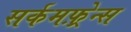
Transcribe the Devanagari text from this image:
सर्कमफ़्रेन्स